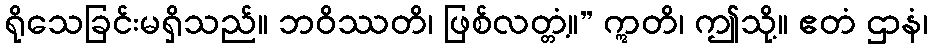
ရိုသေခြင်းမရှိသည်။ ဘဝိဿတိ၊ ဖြစ်လတ္တံ့။” ဣတိ၊ ဤသို့။ ဧတံ ဌာနံ၊